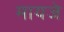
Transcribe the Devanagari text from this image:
मायजे